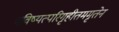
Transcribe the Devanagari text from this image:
भविष्यत्परिगृहीतममृतेन